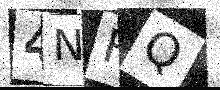
Text: 4NFQ